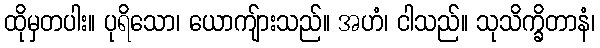
ထိုမှတပါး။ ပုရိသော၊ ယောကျ်ားသည်။ အဟံ၊ ငါသည်။ သုသိက္ခိတာနံ၊